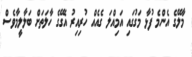
މާލޭގެ އެންމެ ފުޅާ މަގުގައި އަމިއްލަ ގެއެއް ހުރިއިރު އެގޭގެ ހާލަތަށް ބަލާލީމާވެސް